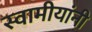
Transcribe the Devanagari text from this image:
स्वामीयांनी